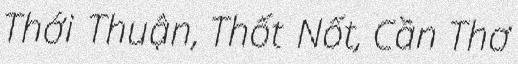
Thới Thuận, Thốt Nốt, Cần Thơ